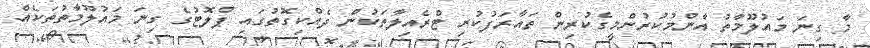
މާ ގިނަ މައުލޫމާތު އާންމުކުރުންމީގެކުރިން ތައާރަފުކުރި ޓްރެއިލާތަކުން ދެއްކިގޮތުގައި ޕްލޮޓުގެ ގިނަ މައުލޫމާތުތަކެއް